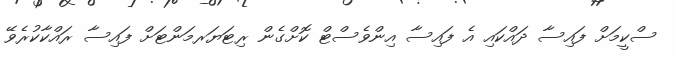
ސްކީމަށް ފައިސާ ދައްކައި އެ ފައިސާ އިންވެސްޓް ކޮށްގެން ރިޓަޔަރމަންޓަށް ފައިސާ ރައްކާކުރެވޭ